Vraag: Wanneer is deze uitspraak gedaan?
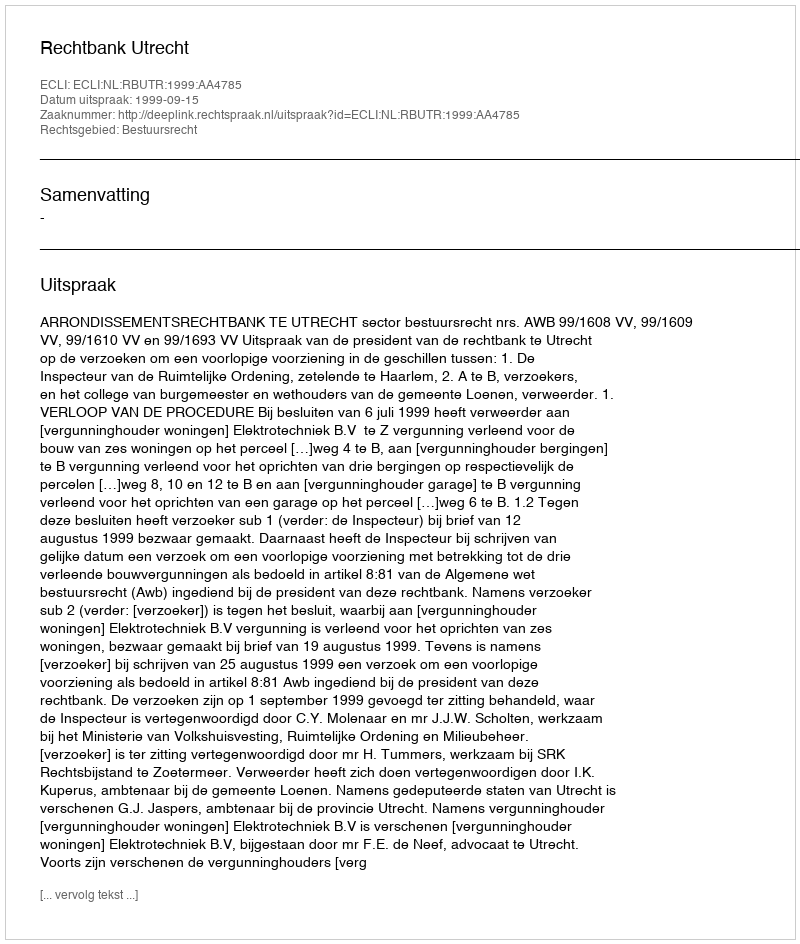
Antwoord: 1999-09-15